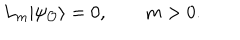
L _ { m } | \psi _ { \cal O } \rangle = 0 , \qquad m > 0 .